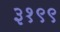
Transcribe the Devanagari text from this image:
३१९९